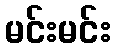
မင်းမင်း